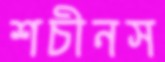
শচীনস